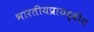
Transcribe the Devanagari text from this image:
भारतीयप्रायद्वीप